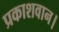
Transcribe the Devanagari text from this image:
प्रकाशवान।